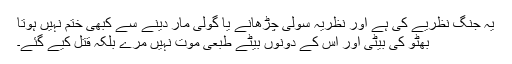
یہ جنگ نظریے کی ہے اور نظریہ سولی چڑھانے یا گولی مار دینے سے کبھی ختم نہیں ہوتا
بھٹو کی بیٹی اور اس کے دونوں بیٹے طبعی موت نہیں مرے بلکہ قتل کیے گئے۔